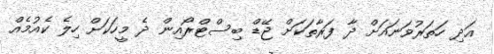
އަދި ހަތަރުވަނައަށް ދާ ފަރާތަކަށް ޖޭޑް ބިސްޓްރޯއިން ދެ މީހަކަށް ހިލެ ކެއުމެއް